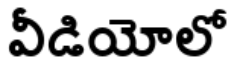
వీడియోలో